system: You are a helpful assistant.
user:
Analyze the provided spectrum to determine if it is a **Carbon Star (C-type)**.

- **Key Visual Indicators of Carbon Star:**
    - **(Primary):** Strong molecular absorption from **C₂ (diatomic carbon) "Swan Bands."** This is the **defining feature** of a carbon star.
        - **(Key Bandheads):** Sharp absorption edges are visible at approximately $5635$ Å, $5165$ Å (the strongest band), and $4737$ Å.
        - **(Line Profile):** Creates a distinct **"saw-tooth"** pattern. The key morphology is a sharp, steep bandhead on the **red (long-wavelength) side**, which then gradually tapers off (i.e., flux recovers) towards the **blue (short-wavelength) side**. *(This is the direct opposite of the TiO bands seen in M-type stars)*.

    - **(Secondary):** Intense **CN (cyanogen)** molecular absorption bands.
        - **(Key Bandheads):** Located in the blue and violet regions of the spectrum (e.g., near $4215$ Å and $3883$ Å).
        - **(Morphology):** These bands are extremely broad and act as a "blanket," absorbing the vast majority of blue and violet light. This creates a characteristic **"cliff"** or **"steep drop-off"** in the spectrum's flux at short wavelengths.

    - **(Key Confirmation):** Strong **CH absorption band (G-band)**.
        - **(Key Bandhead):** Located around $4300$ Å. The contribution from CH molecules to this band is exceptionally strong.

    - **(Overall Spectrum):**
        - The continuum is severely "chopped up" by these deep molecular bands, especially C₂, rather than appearing as a smooth curve.
        - Due to the heavy CN and C₂ absorption in the blue-green, the vast majority of the star's flux is concentrated in the red part of the spectrum, giving the star its characteristic deep red color.

Think first, call **spectral_visualization_tool** if needed to examine features in detail, then provide your final answer. Your response must adhere to the following strict rules:
1.  **Overall Structure:** Your response must follow the format `<think>...</think> <tool_call>...</tool_call> (if a tool is used) <answer>...</answer>`.
2.  **Tool Usage Constraint:** You may only make **one** tool call per turn.
3.  **Final Answer Format:** In the `<answer>` tag, your conclusion must be inside a `\boxed{}` command (e.g., `\boxed{YES}`), followed by your justification.

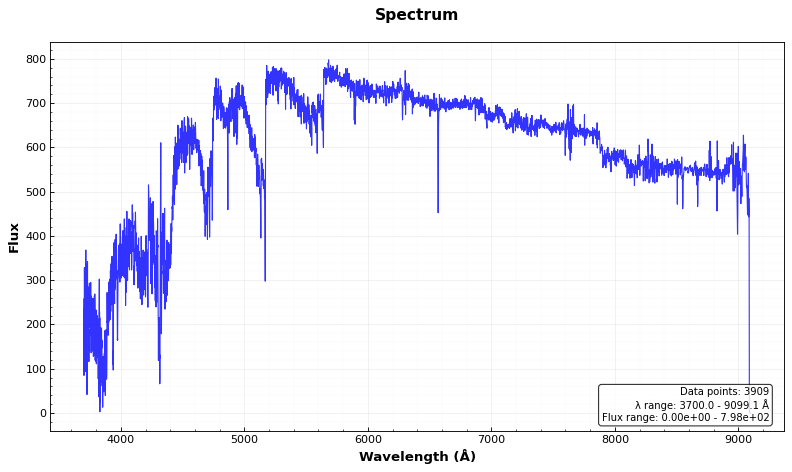
Answer: YES